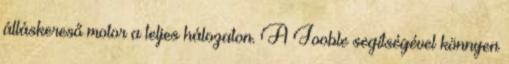
álláskereső motor a teljes hálozaton. A Jooble segítségével könnyen